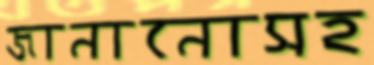
জানানোসহ